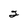
Character: 2